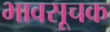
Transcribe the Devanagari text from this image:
भावसूचक